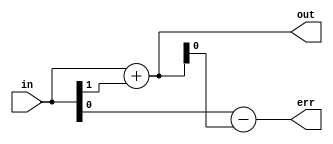
module round_1
  #(parameter bits_in=0,
    parameter bits_out=0,
    parameter round_to_zero=0,       
    parameter round_to_nearest=1,    
    parameter trunc=0)               
    (input [bits_in-1:0] in,
     output [bits_out-1:0] out,
     output [bits_in-bits_out:0] err);
   wire 			 round_corr,round_corr_trunc,round_corr_rtz,round_corr_nearest,round_corr_nearest_safe;
   assign 			 round_corr_trunc = 0;
   assign 			 round_corr_rtz = (in[bits_in-1] & |in[bits_in-bits_out-1:0]);
   assign 			 round_corr_nearest = in[bits_in-bits_out-1];
   generate
      if(bits_in-bits_out > 1)
	assign 			 round_corr_nearest_safe = (~in[bits_in-1] & (&in[bits_in-2:bits_out])) ? 0 :
				 round_corr_nearest;
      else
	assign round_corr_nearest_safe = round_corr_nearest;
   endgenerate
   assign round_corr = round_to_nearest ? round_corr_nearest_safe :
		       trunc ? round_corr_trunc : 
		       round_to_zero ? round_corr_rtz :
		       0;  
   assign out = in[bits_in-1:bits_in-bits_out] + round_corr;
   assign err = in - {out,{(bits_in-bits_out){1'b0}}};
endmodule